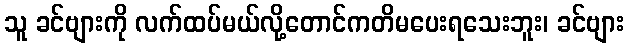
သူ ခင်ဗျားကို လက်ထပ်မယ်လို့တောင်ကတိမပေးရသေးဘူး၊ ခင်ဗျား